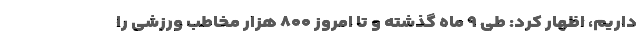
داریم، اظهار کرد: طی ۹ ماه گذشته و تا امروز ۸۰۰ هزار مخاطب ورزشی را